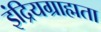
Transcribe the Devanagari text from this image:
इंद्रियग्राह्मता